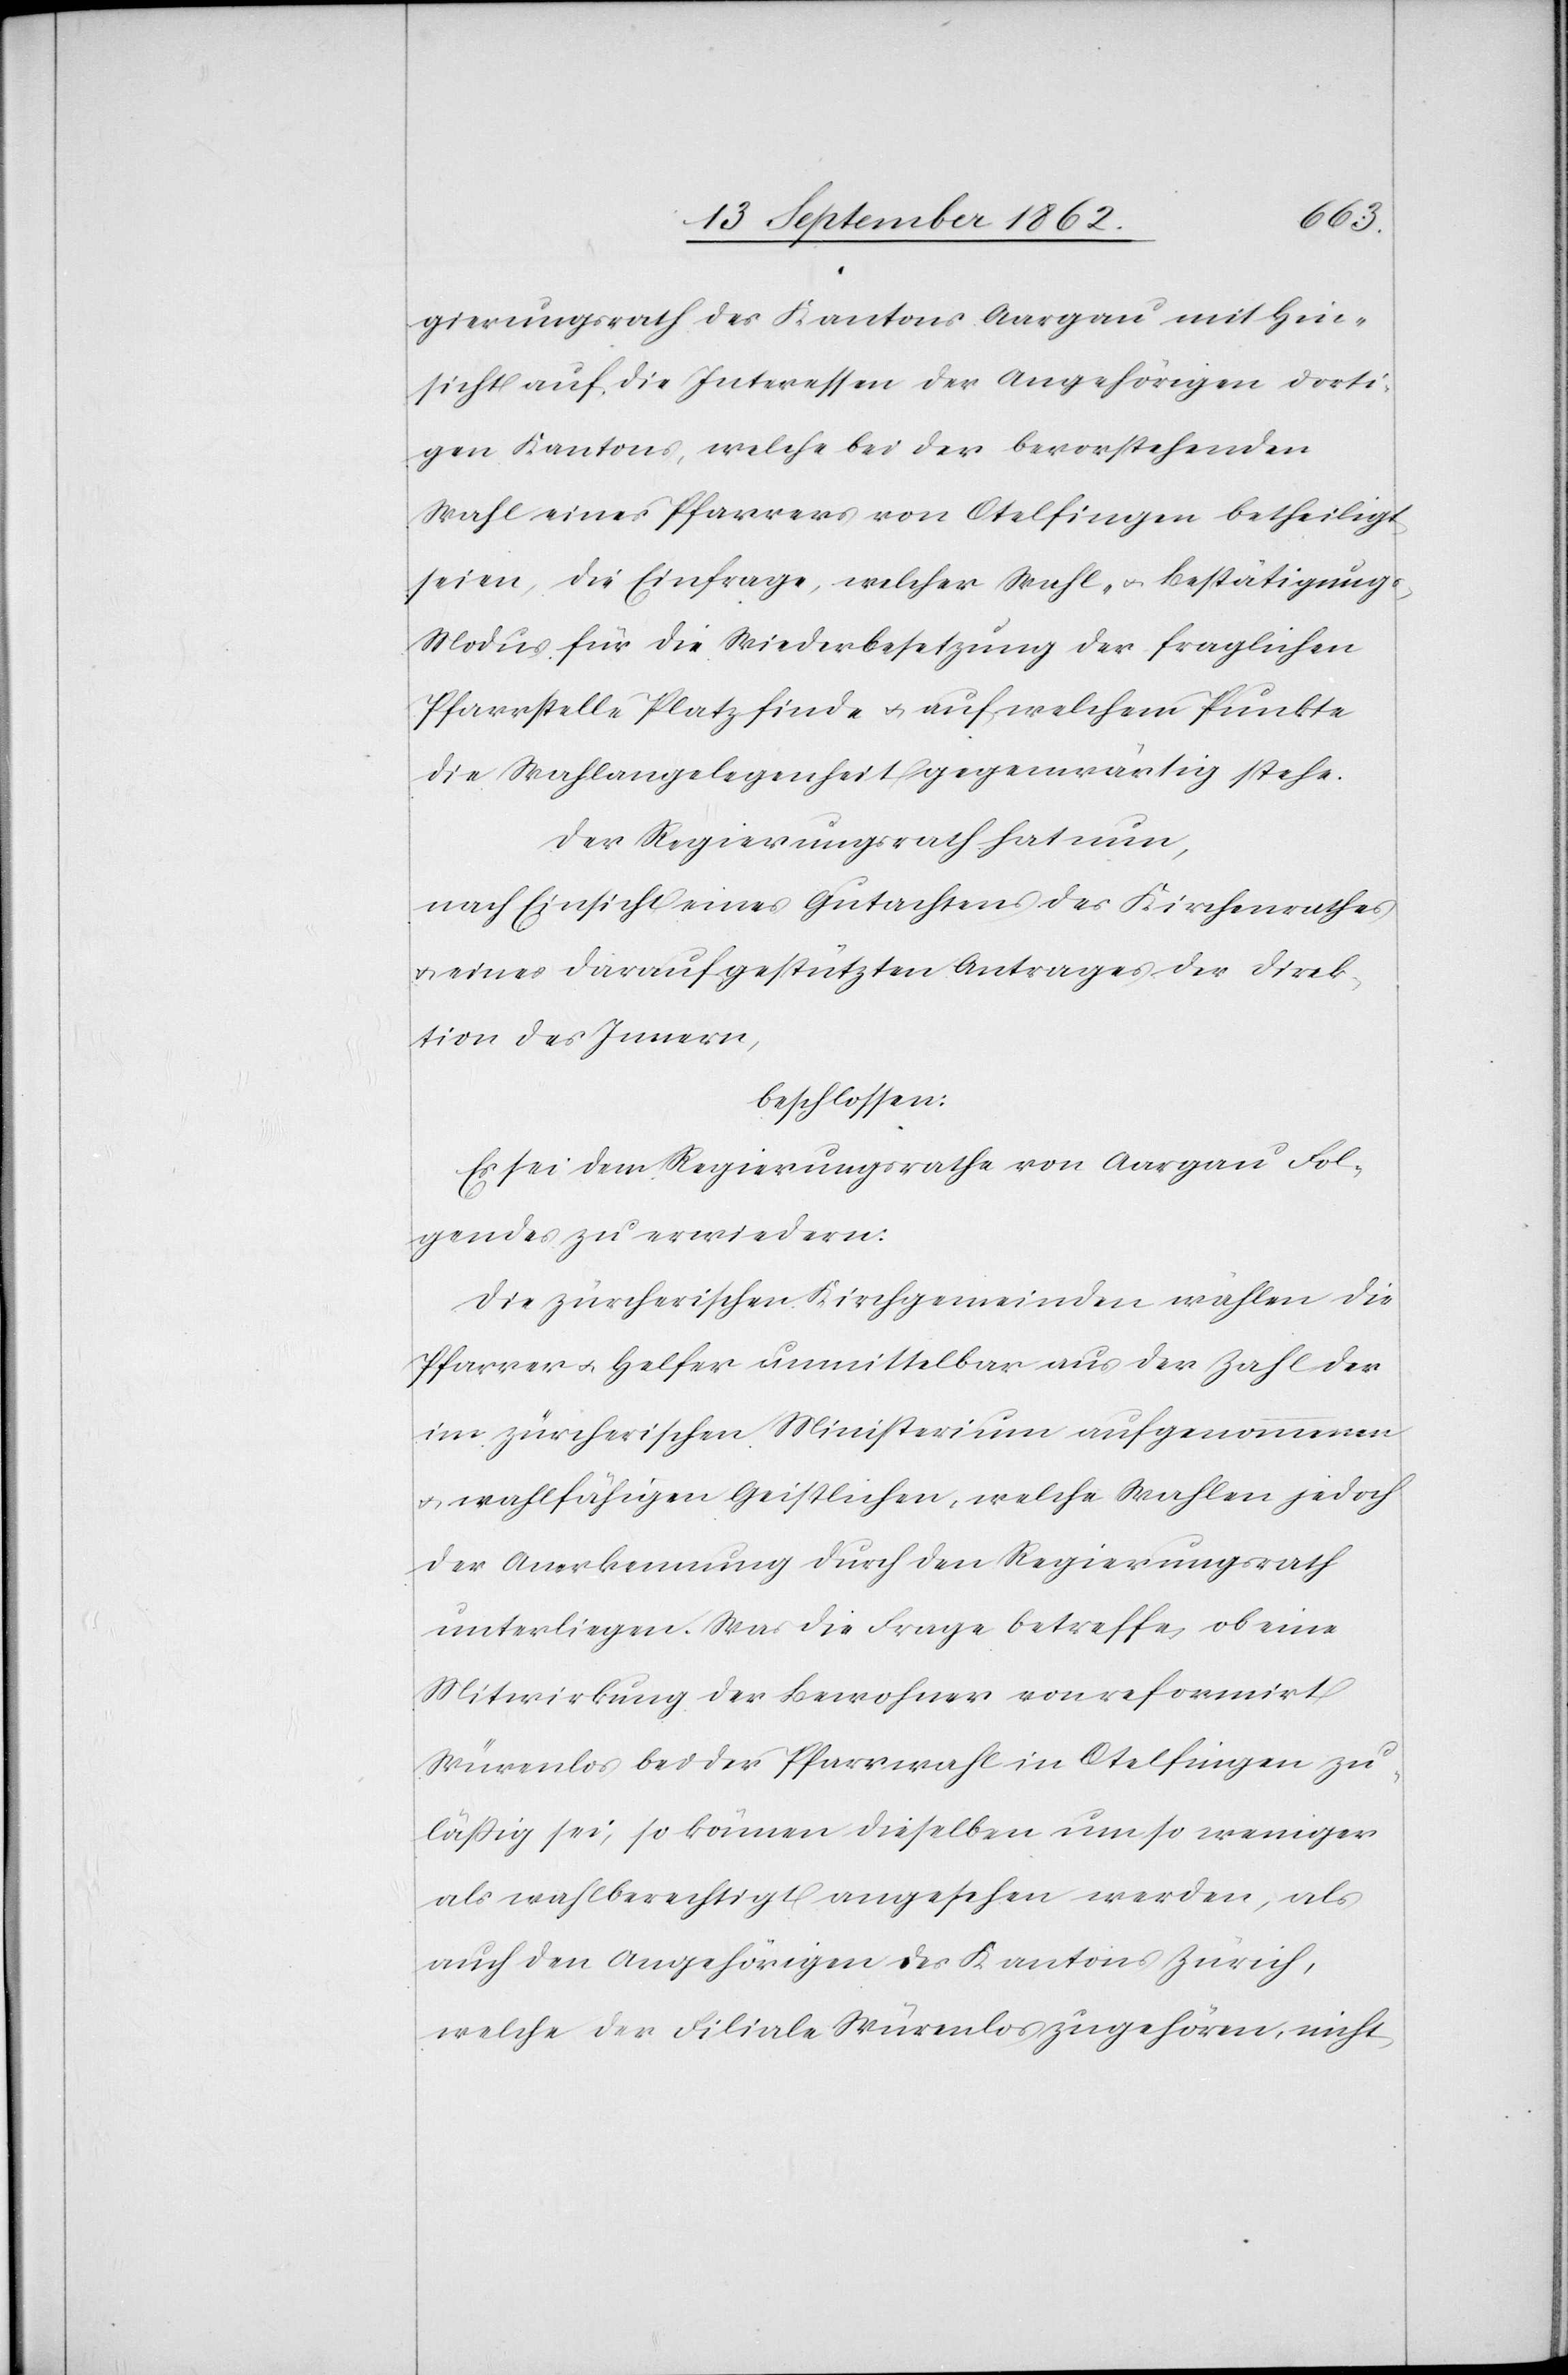
gierungsrath des Kantons Aargau mit Hin¬
sicht auf die Interessen der Angehörigen dorti¬
gen Kantons, welche bei der bevorstehenden
Wahl eines Pfarrers von Otelfingen betheiligt
seien, die Einfrage, welcher Wahl- u. Bestätigung¬
s-Modus für die Wiederbesetzung der fraglichen
Pfarrstelle Platz finde u. auf welchem Punkte
die Wahlangelegenheit gegenwärtig stehe.
Der Regierungsrath hat nun,
nach Einsicht eines Antrages des Kirchenrathes
u. eines darauf gestützten Antrages der Direk¬
tion des Innern,
beschlossen.
Es sei dem Regierungsrathe von Aargau Fol¬
gendes zu erwiedern:
Die zürcherischen Kirchgemeinden wählen die
Pfarrer u. Helfer unmittelbar aus der Zahl der
im zürcherischen Ministerium aufgenommen
wahlfähigen Geistlichen, welche Wahlen jedoch
der Anerkennung durch den Regierungsrath
unterliegen. Was die Frage betreffe, ob eine
Mitwirkung der Bewohner von reformirt
Würenlos bei der Pfarrwahl in Otelfingen zu¬
läßig sei, so können dieselben um so weniger
als wahlberechtigt angesehen werden, als
auch den Angehören des Kantons Zürich,
welche der Filiale Würenlos zugehören, nicht